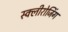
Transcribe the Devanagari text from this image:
स्क्लीरोजिंग